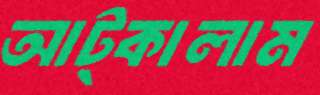
আট্‌কালাম